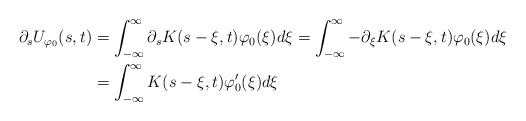
\begin{align*}\partial_s U_{\varphi_0}(s,t)&=\int_{-\infty}^{\infty}\partial_s K(s-\xi,t)\varphi_0 (\xi)d\xi=\int_{-\infty}^{\infty} -\partial_\xi K(s-\xi,t)\varphi_0 (\xi)d\xi \\&=\int_{-\infty}^{\infty} K(s-\xi,t)\varphi_0^\prime (\xi)d\xi \end{align*}